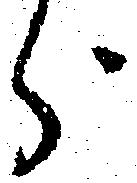
分